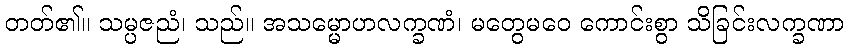
တတ်၏။ သမ္ပဇညံ၊ သည်။ အသမ္မောဟလက္ခဏံ၊ မတွေမဝေ ကောင်းစွာ သိခြင်းလက္ခဏာ